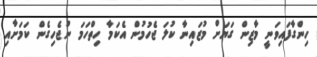
ހިންގާފައިވަނީ މާޒިން ގަޔަށް މުޒައިނާ ކުލަ ޖެހުމުން އެކަމާ ހިތްހަމަ ނުޖެހިގެން ކަމަށާއި